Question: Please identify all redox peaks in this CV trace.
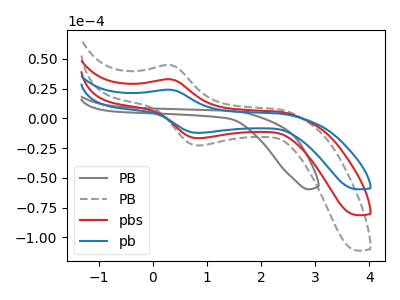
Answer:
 <answer>The gray curve "PB" has no peaks. The gray dashed curve "PB" has an anodic peak at (0.30V, 65.65uA) and a cathodic peak at (0.90V, -33.40uA). The red curve "pbs" has an anodic peak at (0.30V, 32.80uA) and a cathodic peak at (0.90V, -16.70uA). The blue curve "pb" has an anodic peak at (0.30V, 24.05uA) and a cathodic peak at (0.90V, -12.25uA).</answer>
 <eval></eval>